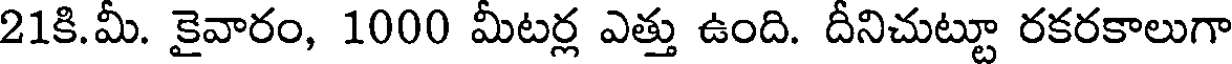
21కి.మీ. కైవారం, 1000 మీటర్ల ఎత్తు ఉంది. దీనిచుట్టూ రకరకాలుగా